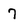
Character: 7